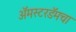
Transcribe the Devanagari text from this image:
अॅमस्टरडॅमचा